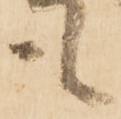
も